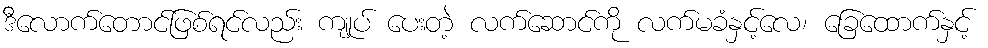
ဒီလောက်တောင်ဖြစ်ရင်လည်း ကျုပ် ပေးတဲ့ လက်ဆောင်ကို လက်မခံနှင့်လေ၊ ခြေထောက်နှင့်